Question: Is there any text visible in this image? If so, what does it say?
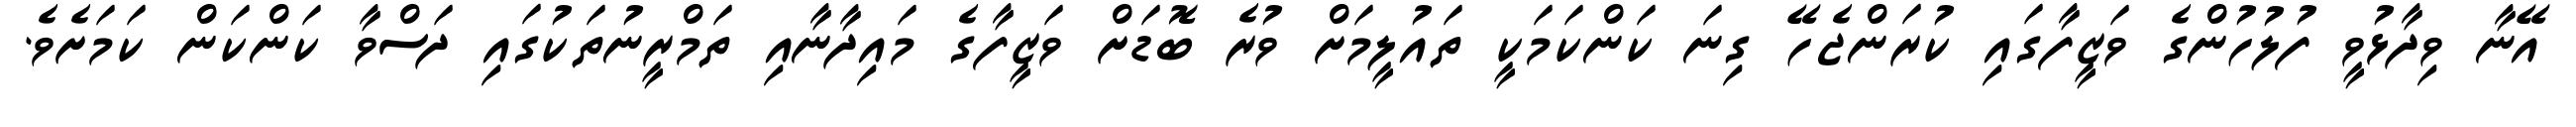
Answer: އޭނާ ވިދާޅުވީ ފުލުހުންގެ ވަޒީފާގައި ކުރަންޖެހޭ ގިނަ ކަންކަމަކީ ތައުލީމަށް ވުރެ ބޮޑަށް ވަޒީފާގެ މައިދާނާއި ތަމްރީނުތަކުގައި ދަސްވާ ކަންކަން ކަމަށެވެ.